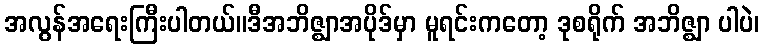
အလွန်အရေးကြီးပါတယ်။ဒီအဘိဇ္ဈာအပိုဒ်မှာ မူရင်းကတော့ ဒုစရိုက် အဘိဇ္ဈာ ပါပဲ၊